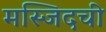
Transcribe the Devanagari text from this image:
मस्जिदची